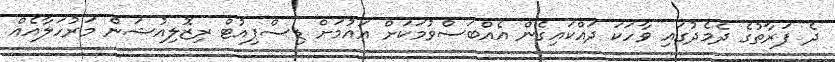
ދެ ފަރާތުގެ ދެމެދުގައި ވާހަކަ ދައްކައިގެން އެއްބަސްވުމަކަށް އައުމަށް ޑިސްޕިއުޓް ރިޒޮލިއުޝަން މަރުހަލާއެއް